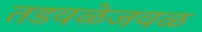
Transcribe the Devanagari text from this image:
तडवळेजवळ